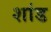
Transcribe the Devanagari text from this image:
शांड